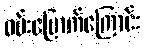
ဝမ်းမြောက်ကြောင်း